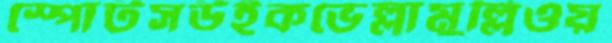
স্পোর্টসউইকভেল্লামুল্লিওয়